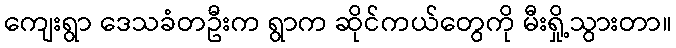
ကျေးရွာ ဒေသခံတဦးက ရွာက ဆိုင်ကယ်တွေကို မီးရှို့သွားတာ။